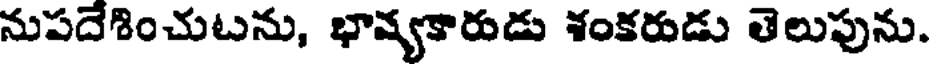
నుపదేశించుటను, భావ్యకారుడు శంకరుడు తెలుపును.